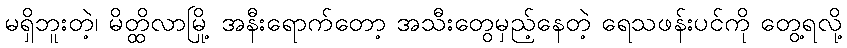
မရှိဘူးတဲ့၊ မိတ္ထိလာမြို့ အနီးရောက်တော့ အသီးတွေမှည့်နေတဲ့ ရေသဖန်းပင်ကို တွေ့ရလို့